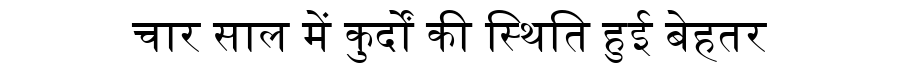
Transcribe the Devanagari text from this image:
चार साल में कुर्दों की स्थिति हुई बेहतर